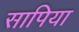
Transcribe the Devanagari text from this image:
सापिया